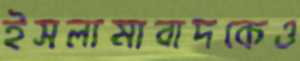
ইসলামাবাদকেও